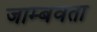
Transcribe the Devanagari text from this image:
जाम्बवता